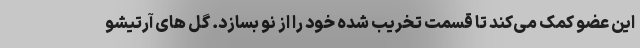
این عضو کمک می‌کند تا قسمت تخریب شده خود را از نو بسازد. گل های آرتیشو